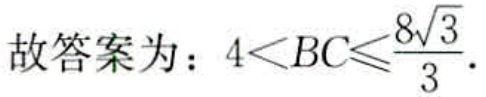
故答案为：\(4<BC\leqslant\frac{8\sqrt{3}}{3}\)